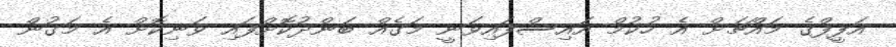
އަފީފްގެ މައްޗަށް އެ ހުކުމް އައިސްފައިވަނީ މަގެއް ބަންދުކޮށްފައި ވަނިކޮށް އެ މަގުން